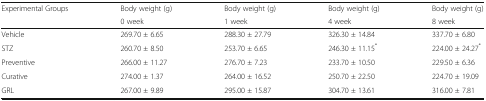
<table><thead><tr><td><b>Experimental Groups</b></td><td><b>Body weight (g)</b></td><td><b>Body weight (g)</b></td><td><b>Body weight (g)</b></td><td><b>Body weight (g)</b></td></tr><tr><td></td><td><b>0 week</b></td><td><b>1 week</b></td><td><b>4 week</b></td><td><b>8 week</b></td></tr></thead><tbody><tr><td>Vehicle</td><td>269.70 ± 6.65</td><td>288.30 ± 27.79</td><td>326.30 ± 14.84</td><td>337.70 ± 6.80</td></tr><tr><td>STZ</td><td>260.70 ± 8.50</td><td>253.70 ± 6.65</td><td>246.30 ± 11.15<sup>*</sup></td><td>224.00 ± 24.27<sup>*</sup></td></tr><tr><td>Preventive</td><td>266.00 ± 11.27</td><td>276.70 ± 7.23</td><td>233.70 ± 10.50</td><td>229.50 ± 6.36</td></tr><tr><td>Curative</td><td>274.00 ± 1.37</td><td>264.00 ± 16.52</td><td>250.70 ± 22.50</td><td>224.70 ± 19.09</td></tr><tr><td>GRL</td><td>267.00 ± 9.89</td><td>295.00 ± 15.87</td><td>304.70 ± 13.61</td><td>316.00 ± 7.81</td></tr></tbody></table>